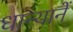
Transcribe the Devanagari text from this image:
धान्यानें